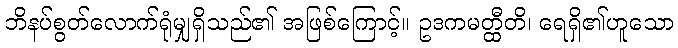
ဘိနပ်စွတ်လောက်ရုံမျှရှိသည်၏ အဖြစ်ကြောင့်။ ဥဒကမတ္ထီတိ၊ ရေရှိ၏ဟူသော